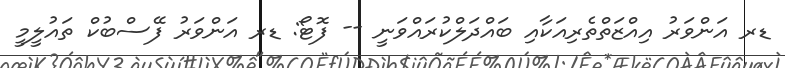
ޑރ އަންވަރު އިއްޒަތްތެރިއަކާއި ބައްދަލްކުރައްވަނީ -- ފޮޓޯ: ޑރ އަންވަރު ފޭސްބުކް ތައުލީމީ